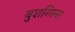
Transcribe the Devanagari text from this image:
बुशमिल्स